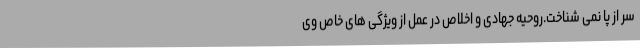
سر از پا نمی شناخت.روحیه جهادی و اخلاص در عمل از ویژگی های خاص وی